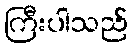
ကြီးပါသည်